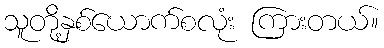
သူတို့နှစ်ယောက်စလုံး ကြားတယ်။